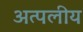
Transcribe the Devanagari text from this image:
अत्पलीय